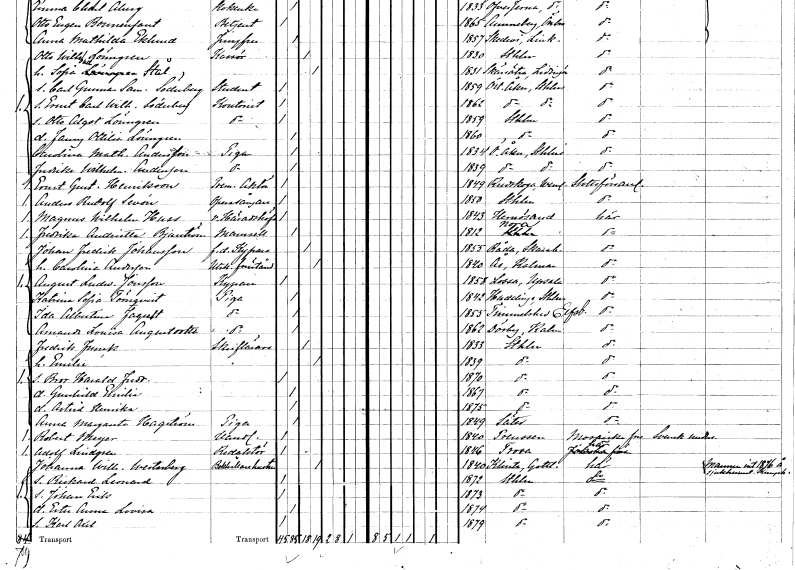
gt_parse: households: individuals: FN: Otto Willehad
EN: Lönngren
YRKE: Kassör
KON: M
CIV: G
FODAR: 1830
FODFORS: Stockholm
FN: Sofia
EN: Stål
KON: K
CIV: G
FODAR: 1831
FODFORS: Lidingö Stockholms län
FN: Carl Gunnar Samuel
EN: Söderberg
YRKE: Student
KON: M
CIV: O
FODAR: 1859
FODFORS: Österåker Stockholms län
FN: Ernst Carl Wilhelm
EN: Söderberg
YRKE: Kontorist
KON: M
CIV: O
FODAR: 1862
FODFORS: Österåker Stockholms län
FN: Otto Algot
EN: Lönngren
YRKE: Kontorist
KON: M
CIV: O
FODAR: 1859
FODFORS: Stockholm
FN: Jenny Ottilia
EN: Lönngren
KON: K
CIV: O
FODAR: 1860
FODFORS: Stockholm
FN: Carolina Mathilda
EN: Andersson
YRKE: Piga
KON: K
CIV: O
FODAR: 1834
FODFORS: Österåker Stockholms län
FN: Fredrika Wilhelmina
EN: Andersson
YRKE: Piga
KON: K
CIV: O
FODAR: 1839
FODFORS: Österåker Stockholms län
FN: Ernst Gustaf
EN: Henriksson
YRKE: Premieraktör
KON: M
CIV: O
FODAR: 1849
FODFORS: Rudskoga Värmlands län
FN: Anders Rudolf
EN: Sevén
YRKE: Operasångare
KON: M
CIV: O
FODAR: 1850
FODFORS: Stockholm
FN: Magnus Wilhelm
EN: Huss
YRKE: Häradshövding vice
KON: M
CIV: O
FODAR: 1843
FODFORS: Härnösand Västernorrlands län
FN: Fredrika Andrietta
EN: Bjurström
KON: K
CIV: O
FODAR: 1812
FODFORS: Nora Örebro län
FN: Johan Fredrik
EN: Johansson
YRKE: Kypare f.d.
KON: M
CIV: G
FODAR: 1855
FODFORS: Råda Skaraborgs län
FN: Carolina
EN: Andersson
YRKE: Utskänkningsförestånderska
KON: K
CIV: G
FODAR: 1840
FODFORS: Ås Kalmar län
FN: August Ludwig
EN: Jonsson
YRKE: Kypare
KON: M
CIV: O
FODAR: 1858
FODFORS: Lossa Stockholms län
FN: Katrina Sofia
EN: Törnqvist
YRKE: Piga
KON: K
CIV: O
FODAR: 1842
FODFORS: Huddinge Stockholms län
FN: Ida Albertina
EN: Fagust
YRKE: Piga
KON: K
CIV: O
FODAR: 1855
FODFORS: Timmele Älvsborgs län
FN: Amanda Louisa
EN: Augustsdotter
YRKE: Piga
KON: K
CIV: O
FODAR: 1862
FODFORS: Dörby Kalmar län
FN: Fredrik
EN: Funck
YRKE: Skrivlärare
KON: M
CIV: G
FODAR: 1833
FODFORS: Stockholm
FN: Emilie
KON: K
CIV: G
FODAR: 1839
FODFORS: Stockholm
FN: Bror Harald Fredrik
KON: M
CIV: O
FODAR: 1870
FODFORS: Stockholm
FN: Gunhild Emilia
KON: K
CIV: O
FODAR: 1867
FODFORS: Stockholm
FN: Astrid Henrika
KON: K
CIV: O
FODAR: 1875
FODFORS: Stockholm
FN: Anna Margareta
EN: Hagström
YRKE: Piga
KON: K
CIV: O
FODAR: 1849
FODFORS: Säter Kopparbergs län
FN: Robert
EN: Meyer
YRKE: Handlande
KON: M
CIV: O
FODAR: 1840
FN: Adolf
EN: Lindgren
YRKE: Redaktör
KON: M
CIV: O
FODAR: 1846
FODFORS: Trosa Södermanlands län
FN: Johanna Wilhelmina
EN: Westerberg
YRKE: Bokhållarehustru
KON: K
CIV: G
FODAR: 1840
FODFORS: Klinte Gotlands län
FN: Rickard Leonard
KON: M
CIV: O
FODAR: 1872
FODFORS: Stockholm
FN: Johan Erik
KON: M
CIV: O
FODAR: 1873
FODFORS: Stockholm
FN: Ester Anna Lovisa
KON: K
CIV: O
FODAR: 1874
FODFORS: Stockholm
FN: Karl Axel
KON: M
CIV: O
FODAR: 1879
FODFORS: Stockholm